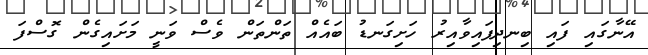
އޭނާގައި ފައި ބިނދިފައިވާއިރު ހަށިގަނޑު ބައެއް ތަންތަން ވެސް ވަނީ މަށައިގެން ގޮސްފަ